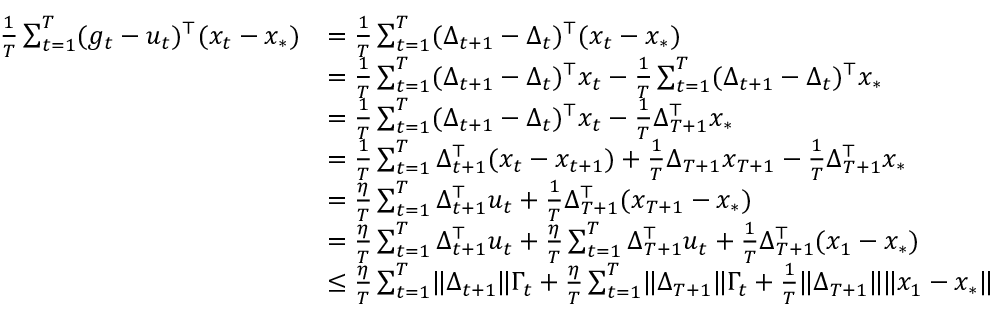
\begin{array} { r l } { \frac 1 T \sum _ { t = 1 } ^ { T } ( g _ { t } - u _ { t } ) ^ { \top } ( x _ { t } - x _ { * } ) } & { = \frac 1 T \sum _ { t = 1 } ^ { T } ( \Delta _ { t + 1 } - \Delta _ { t } ) ^ { \top } ( x _ { t } - x _ { * } ) } \\ & { = \frac 1 T \sum _ { t = 1 } ^ { T } ( \Delta _ { t + 1 } - \Delta _ { t } ) ^ { \top } x _ { t } - \frac 1 T \sum _ { t = 1 } ^ { T } ( \Delta _ { t + 1 } - \Delta _ { t } ) ^ { \top } x _ { * } } \\ & { = \frac 1 T \sum _ { t = 1 } ^ { T } ( \Delta _ { t + 1 } - \Delta _ { t } ) ^ { \top } x _ { t } - \frac 1 T \Delta _ { T + 1 } ^ { \top } x _ { * } } \\ & { = \frac 1 T \sum _ { t = 1 } ^ { T } \Delta _ { t + 1 } ^ { \top } ( x _ { t } - x _ { t + 1 } ) + \frac 1 T \Delta _ { T + 1 } x _ { T + 1 } - \frac 1 T \Delta _ { T + 1 } ^ { \top } x _ { * } } \\ & { = \frac { \eta } { T } \sum _ { t = 1 } ^ { T } \Delta _ { t + 1 } ^ { \top } u _ { t } + \frac 1 T \Delta _ { T + 1 } ^ { \top } ( x _ { T + 1 } - x _ { * } ) } \\ & { = \frac { \eta } { T } \sum _ { t = 1 } ^ { T } \Delta _ { t + 1 } ^ { \top } u _ { t } + \frac { \eta } { T } \sum _ { t = 1 } ^ { T } \Delta _ { T + 1 } ^ { \top } u _ { t } + \frac 1 T \Delta _ { T + 1 } ^ { \top } ( x _ { 1 } - x _ { * } ) } \\ & { \le \frac { \eta } { T } \sum _ { t = 1 } ^ { T } \lVert \Delta _ { t + 1 } \rVert \Gamma _ { t } + \frac { \eta } { T } \sum _ { t = 1 } ^ { T } \lVert \Delta _ { T + 1 } \rVert \Gamma _ { t } + \frac 1 T \lVert \Delta _ { T + 1 } \rVert \lVert x _ { 1 } - x _ { * } \rVert } \end{array}